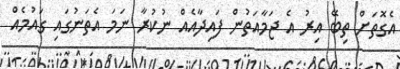
އެގޮތަށް ތިބޭ އިރު އެ ޖަމާއަތުން ފައިދާއެއް ނުކުރާ ނަމަ އެތަނުގައި ގައުމެއް